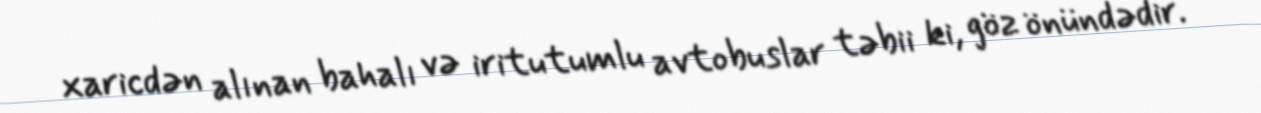
xaricdən alınan bahalı və iritutumlu avtobuslar təbii ki, göz önündədir.